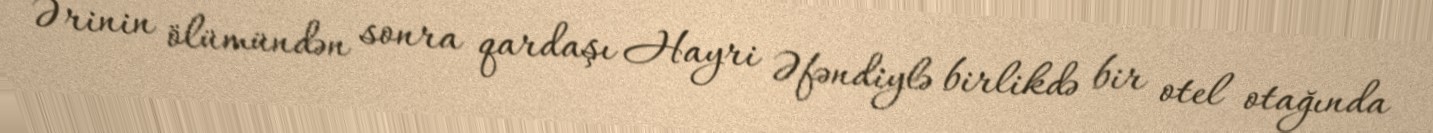
Ərinin ölümündən sonra qardaşı Hayri Əfəndiylə birlikdə bir otel otağında